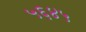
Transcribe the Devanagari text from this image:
५६४५